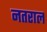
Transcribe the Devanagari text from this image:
नतराल